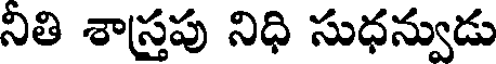
నితి శాస్త్రపు నిధి సుధన్వుడు